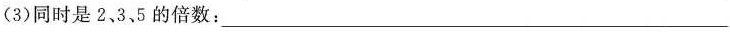
(3)同时是2、3，5的倍数：___